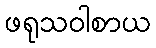
ဖရုသဝါစာယ